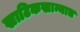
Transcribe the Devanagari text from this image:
खाटिकखान्यात